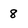
Character: 8